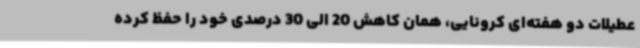
عطیلات دو هفته‌ای کرونایی، همان کاهش 20 الی 30 درصدی خود را حفظ کرده